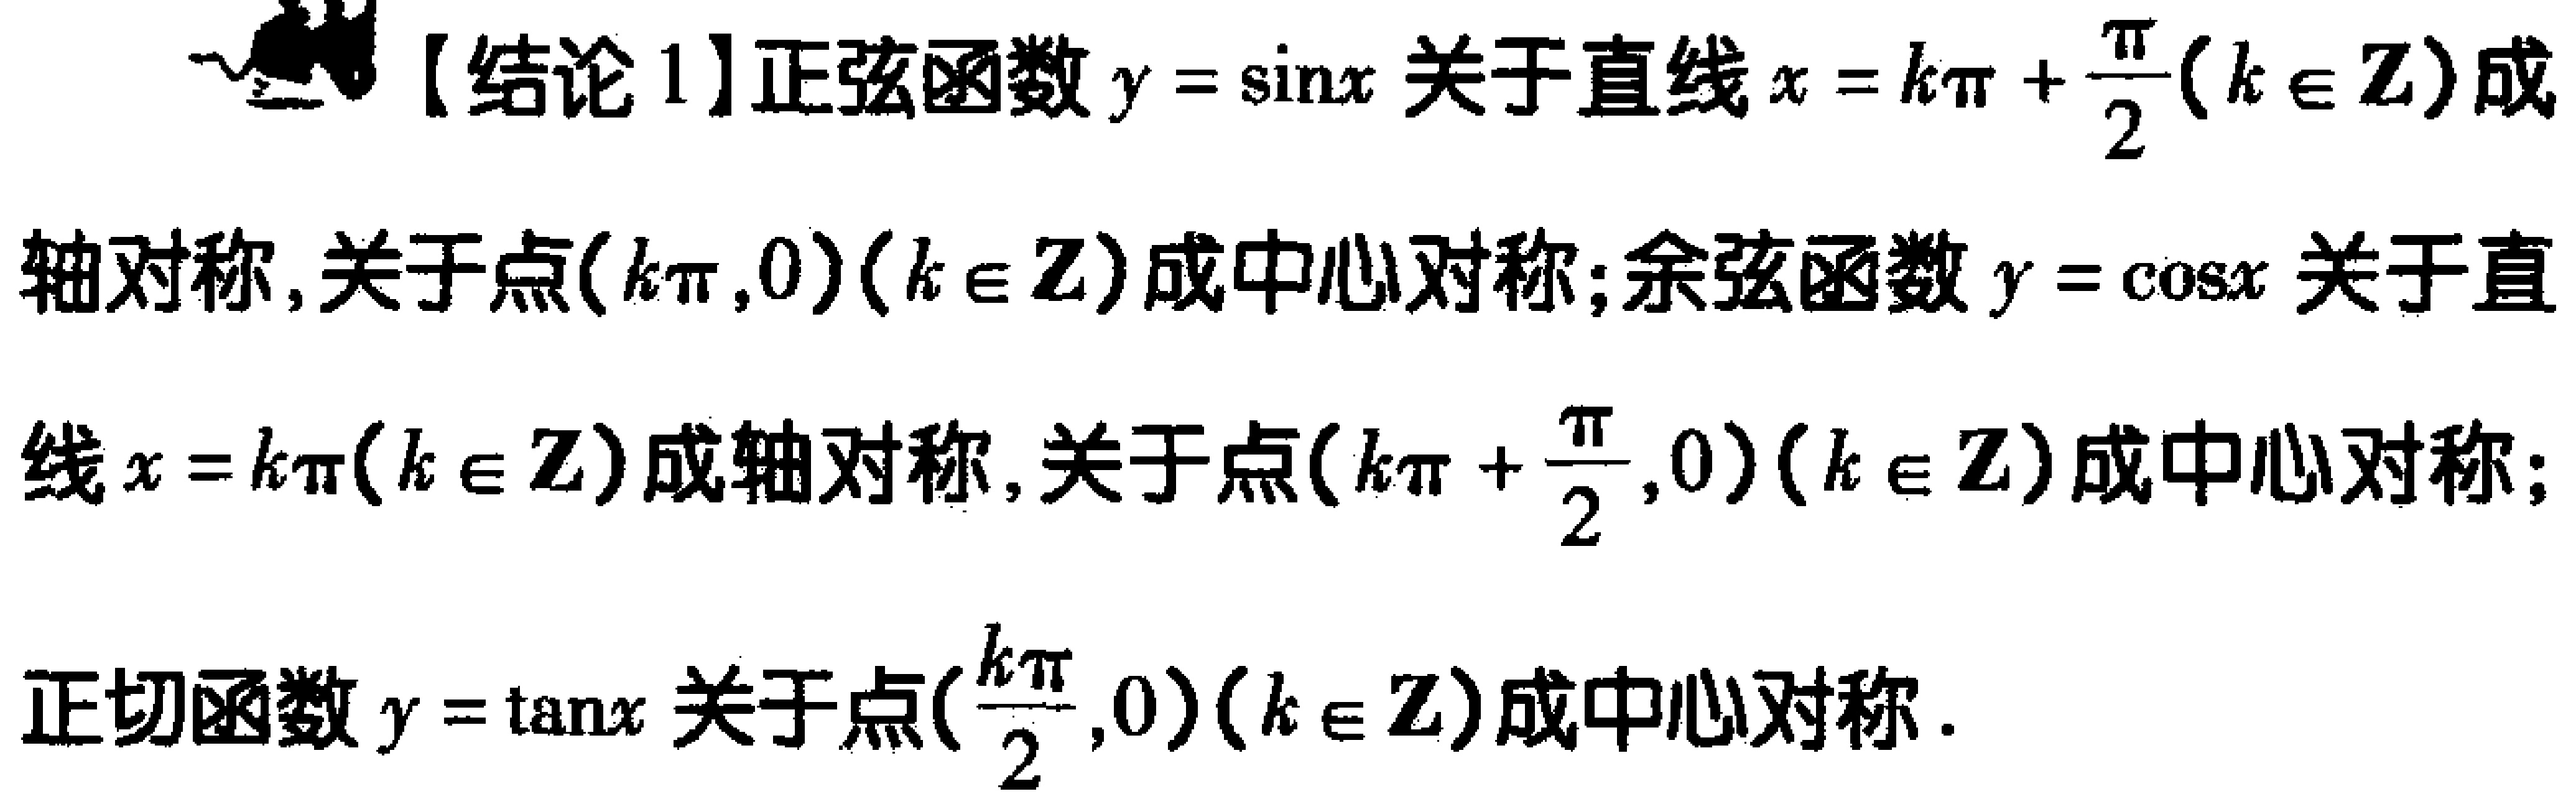
【结论1】正弦函数\(y = \sin x\)关于直线\(x = k\pi+\frac{\pi}{2}(k\in\mathbb{Z})\)成轴对称，关于点\((k\pi,0)(k\in\mathbb{Z})\)成中心对称；余弦函数\(y = \cos x\)关于直线\(x = k\pi(k\in\mathbb{Z})\)成轴对称，关于点\((k\pi+\frac{\pi}{2},0)(k\in\mathbb{Z})\)成中心对称；正切函数\(y = \tan x\)关于点\((\frac{k\pi}{2},0)(k\in\mathbb{Z})\)成中心对称。